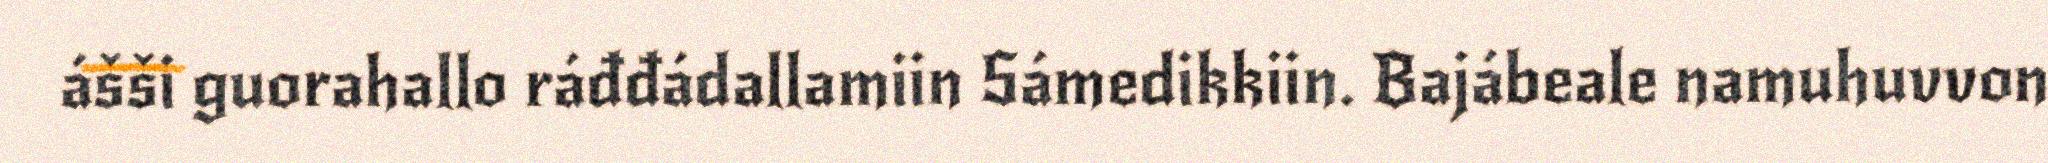
ášši guorahallo ráđđádallamiin Sámedikkiin. Bajábeale namuhuvvon